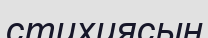
стихиясын